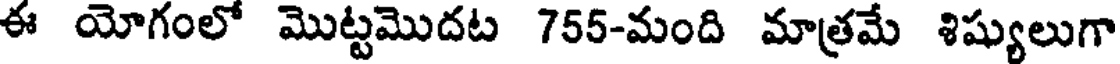
ఈ యోగంలో మొట్టమొదట 755-మంది మాత్రమే శిష్యులుగా